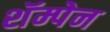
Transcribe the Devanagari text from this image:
शॅम्पेन